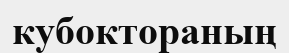
кубоктораның